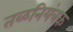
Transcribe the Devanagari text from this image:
तळनियंत्रक